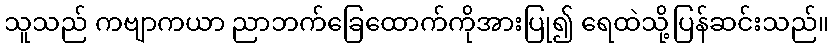
သူသည် ကဗျာကယာ ညာဘက်ခြေထောက်ကိုအားပြု၍ ရေထဲသို့ပြန်ဆင်းသည်။